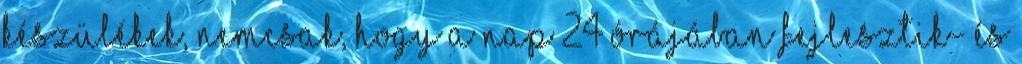
Készülékek, nemcsak, hogy a nap 24 órájában fejlesztik- és